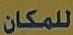
للمكان